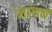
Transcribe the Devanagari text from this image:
वाटपाची